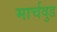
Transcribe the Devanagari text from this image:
मार्चवुड